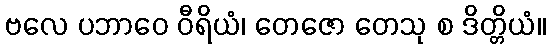
ဗလေ ပဘာဝေ ဝီရိယံ၊ တေဇော တေသု စ ဒိတ္တိယံ။